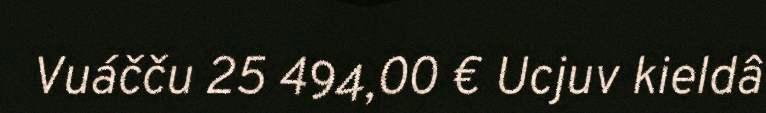
Vuáčču 25 494,00 € Ucjuv kieldâ